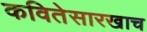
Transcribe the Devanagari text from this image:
कवितेसारखाच